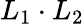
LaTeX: L_{1}\cdot L_{2}